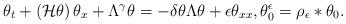
LaTeX: \begin{align*}\theta_{t} +\left(\mathcal{H}\theta\right)\theta_{x} + \Lambda^{\gamma}\theta= -\delta \theta \Lambda \theta+\epsilon \theta_{xx}, \theta^{\epsilon}_{0}=\rho_{\epsilon}\ast \theta_{0}.\end{align*}